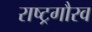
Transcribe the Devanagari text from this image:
राष्‍ट्रगौरव